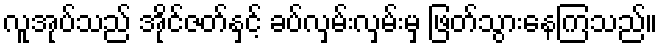
လူအုပ်သည် အိုင်ဇတ်နှင့် ခပ်လှမ်းလှမ်းမှ ဖြတ်သွားနေကြသည်။